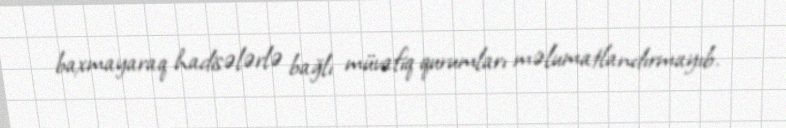
baxmayaraq hadisələrlə bağlı müvafiq qurumları məlumatlandırmayıb.